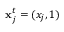
\mathbf { x } _ { j } ^ { t } = ( x _ { j } , 1 )